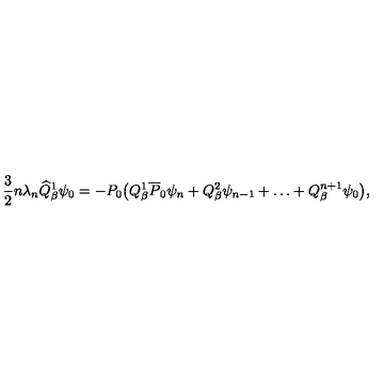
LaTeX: \frac { 3 } { 2 } n \lambda _ { n } \widehat { Q } _ { \beta } ^ { 1 } \psi _ { 0 } = - P _ { 0 } \bigl ( Q _ { \beta } ^ { 1 } \overline { { P } } _ { 0 } \psi _ { n } + Q _ { \beta } ^ { 2 } \psi _ { n - 1 } + \ldots + Q _ { \beta } ^ { n + 1 } \psi _ { 0 } \bigr ) , \nonumber